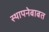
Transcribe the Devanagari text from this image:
स्थापनेबाबत